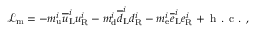
{ \mathcal { L } } _ { \mathrm { m } } = - m _ { \mathrm { u } } ^ { i } { \overline { { u } } } _ { \mathrm { L } } ^ { i } u _ { \mathrm { R } } ^ { i } - m _ { \mathrm { d } } ^ { i } { \overline { { d } } } _ { \mathrm { L } } ^ { i } d _ { \mathrm { R } } ^ { i } - m _ { \mathrm { e } } ^ { i } { \overline { { e } } } _ { \mathrm { L } } ^ { i } e _ { \mathrm { R } } ^ { i } + { \textrm { h . c . } } ,